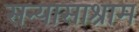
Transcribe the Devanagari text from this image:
सन्यासाश्राम